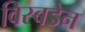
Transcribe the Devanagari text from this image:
विस्बडेन